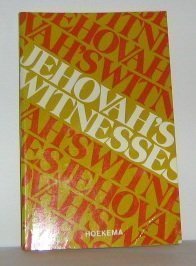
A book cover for Jehovah's Witnesses; Anthony A. Hoekema; Christian Books & Bibles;